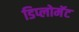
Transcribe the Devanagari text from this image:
डिप्लोमॅट